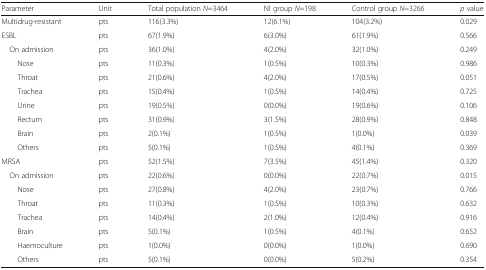
<table><thead><tr><td><b>Parameter</b></td><td><b>Unit</b></td><td><b>Total population <i>N</i>=3464</b></td><td><b>NI group <i>N</i>=198</b></td><td><b>Control group <i>N</i>=3266</b></td><td><b><i>p</i> value</b></td></tr></thead><tbody><tr><td>Multidrug-resistant</td><td>pts</td><td>116(3.3%)</td><td>12(6.1%)</td><td>104(3.2%)</td><td>0.029</td></tr><tr><td>ESBL</td><td>pts</td><td>67(1.9%)</td><td>6(3.0%)</td><td>61(1.9%)</td><td>0.566</td></tr><tr><td> On admission</td><td>pts</td><td>36(1.0%)</td><td>4(2.0%)</td><td>32(1.0%)</td><td>0.249</td></tr><tr><td>Nose</td><td>pts</td><td>11(0.3%)</td><td>1(0.5%)</td><td>10(0.3%)</td><td>0.986</td></tr><tr><td>Throat</td><td>pts</td><td>21(0.6%)</td><td>4(2.0%)</td><td>17(0.5%)</td><td>0.051</td></tr><tr><td>Trachea</td><td>pts</td><td>15(0.4%)</td><td>1(0.5%)</td><td>14(0.4%)</td><td>0.725</td></tr><tr><td>Urine</td><td>pts</td><td>19(0.5%)</td><td>0(0.0%)</td><td>19(0.6%)</td><td>0.106</td></tr><tr><td>Rectum</td><td>pts</td><td>31(0.9%)</td><td>3(1.5%)</td><td>28(0.9%)</td><td>0.848</td></tr><tr><td>Brain</td><td>pts</td><td>2(0.1%)</td><td>1(0.5%)</td><td>1(0.0%)</td><td>0.039</td></tr><tr><td>Others</td><td>pts</td><td>5(0.1%)</td><td>1(0.5%)</td><td>4(0.1%)</td><td>0.369</td></tr><tr><td>MRSA</td><td>pts</td><td>52(1.5%)</td><td>7(3.5%)</td><td>45(1.4%)</td><td>0.320</td></tr><tr><td> On admission</td><td>pts</td><td>22(0.6%)</td><td>0(0.0%)</td><td>22(0.7%)</td><td>0.015</td></tr><tr><td>Nose</td><td>pts</td><td>27(0.8%)</td><td>4(2.0%)</td><td>23(0.7%)</td><td>0.766</td></tr><tr><td>Throat</td><td>pts</td><td>11(0.3%)</td><td>1(0.5%)</td><td>10(0.3%)</td><td>0.632</td></tr><tr><td>Trachea</td><td>pts</td><td>14(0.4%)</td><td>2(1.0%)</td><td>12(0.4%)</td><td>0.916</td></tr><tr><td>Brain</td><td>pts</td><td>5(0.1%)</td><td>1(0.5%)</td><td>4(0.1%)</td><td>0.652</td></tr><tr><td>Haemoculture</td><td>pts</td><td>1(0.0%)</td><td>0(0.0%)</td><td>1(0.0%)</td><td>0.690</td></tr><tr><td>Others</td><td>pts</td><td>5(0.1%)</td><td>0(0.0%)</td><td>5(0.2%)</td><td>0.354</td></tr></tbody></table>